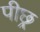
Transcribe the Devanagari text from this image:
पीछ्र